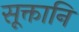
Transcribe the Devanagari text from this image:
सूक्तानि